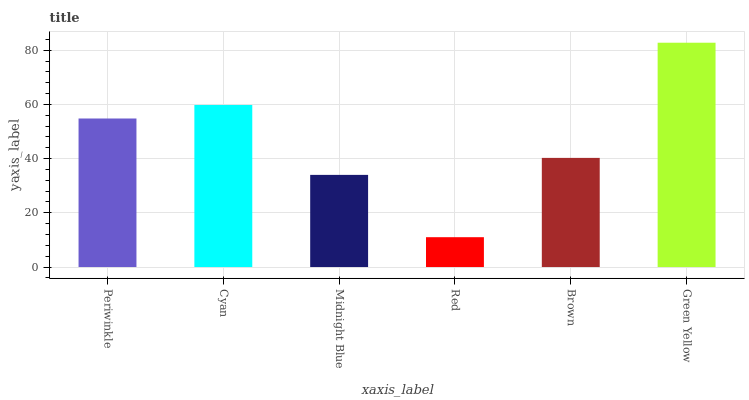
| xaxis_label | bars |
 | --- | --- |
 | Periwinkle | 54.8 |
 | Cyan | 59.8 |
 | Midnight Blue | 34 |
 | Red | 11 |
 | Brown | 40.3 |
 | Green Yellow | 82.8 |